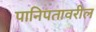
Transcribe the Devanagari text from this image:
पानिपतावरील